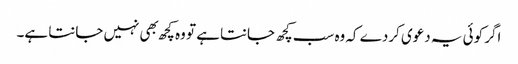
اگر کوئی یہ دعوی کردے کہ وه سب کچھ جانتا ہے تو وه کچھ بهی نہیں جانتا ہے۔